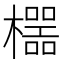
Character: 𱤯